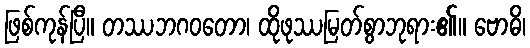
ဖြစ်ကုန်ပြီ။ တဿဘဂဝတော၊ ထိုဖုဿမြတ်စွာဘုရား၏။ ဗောဓိ၊